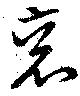
袞